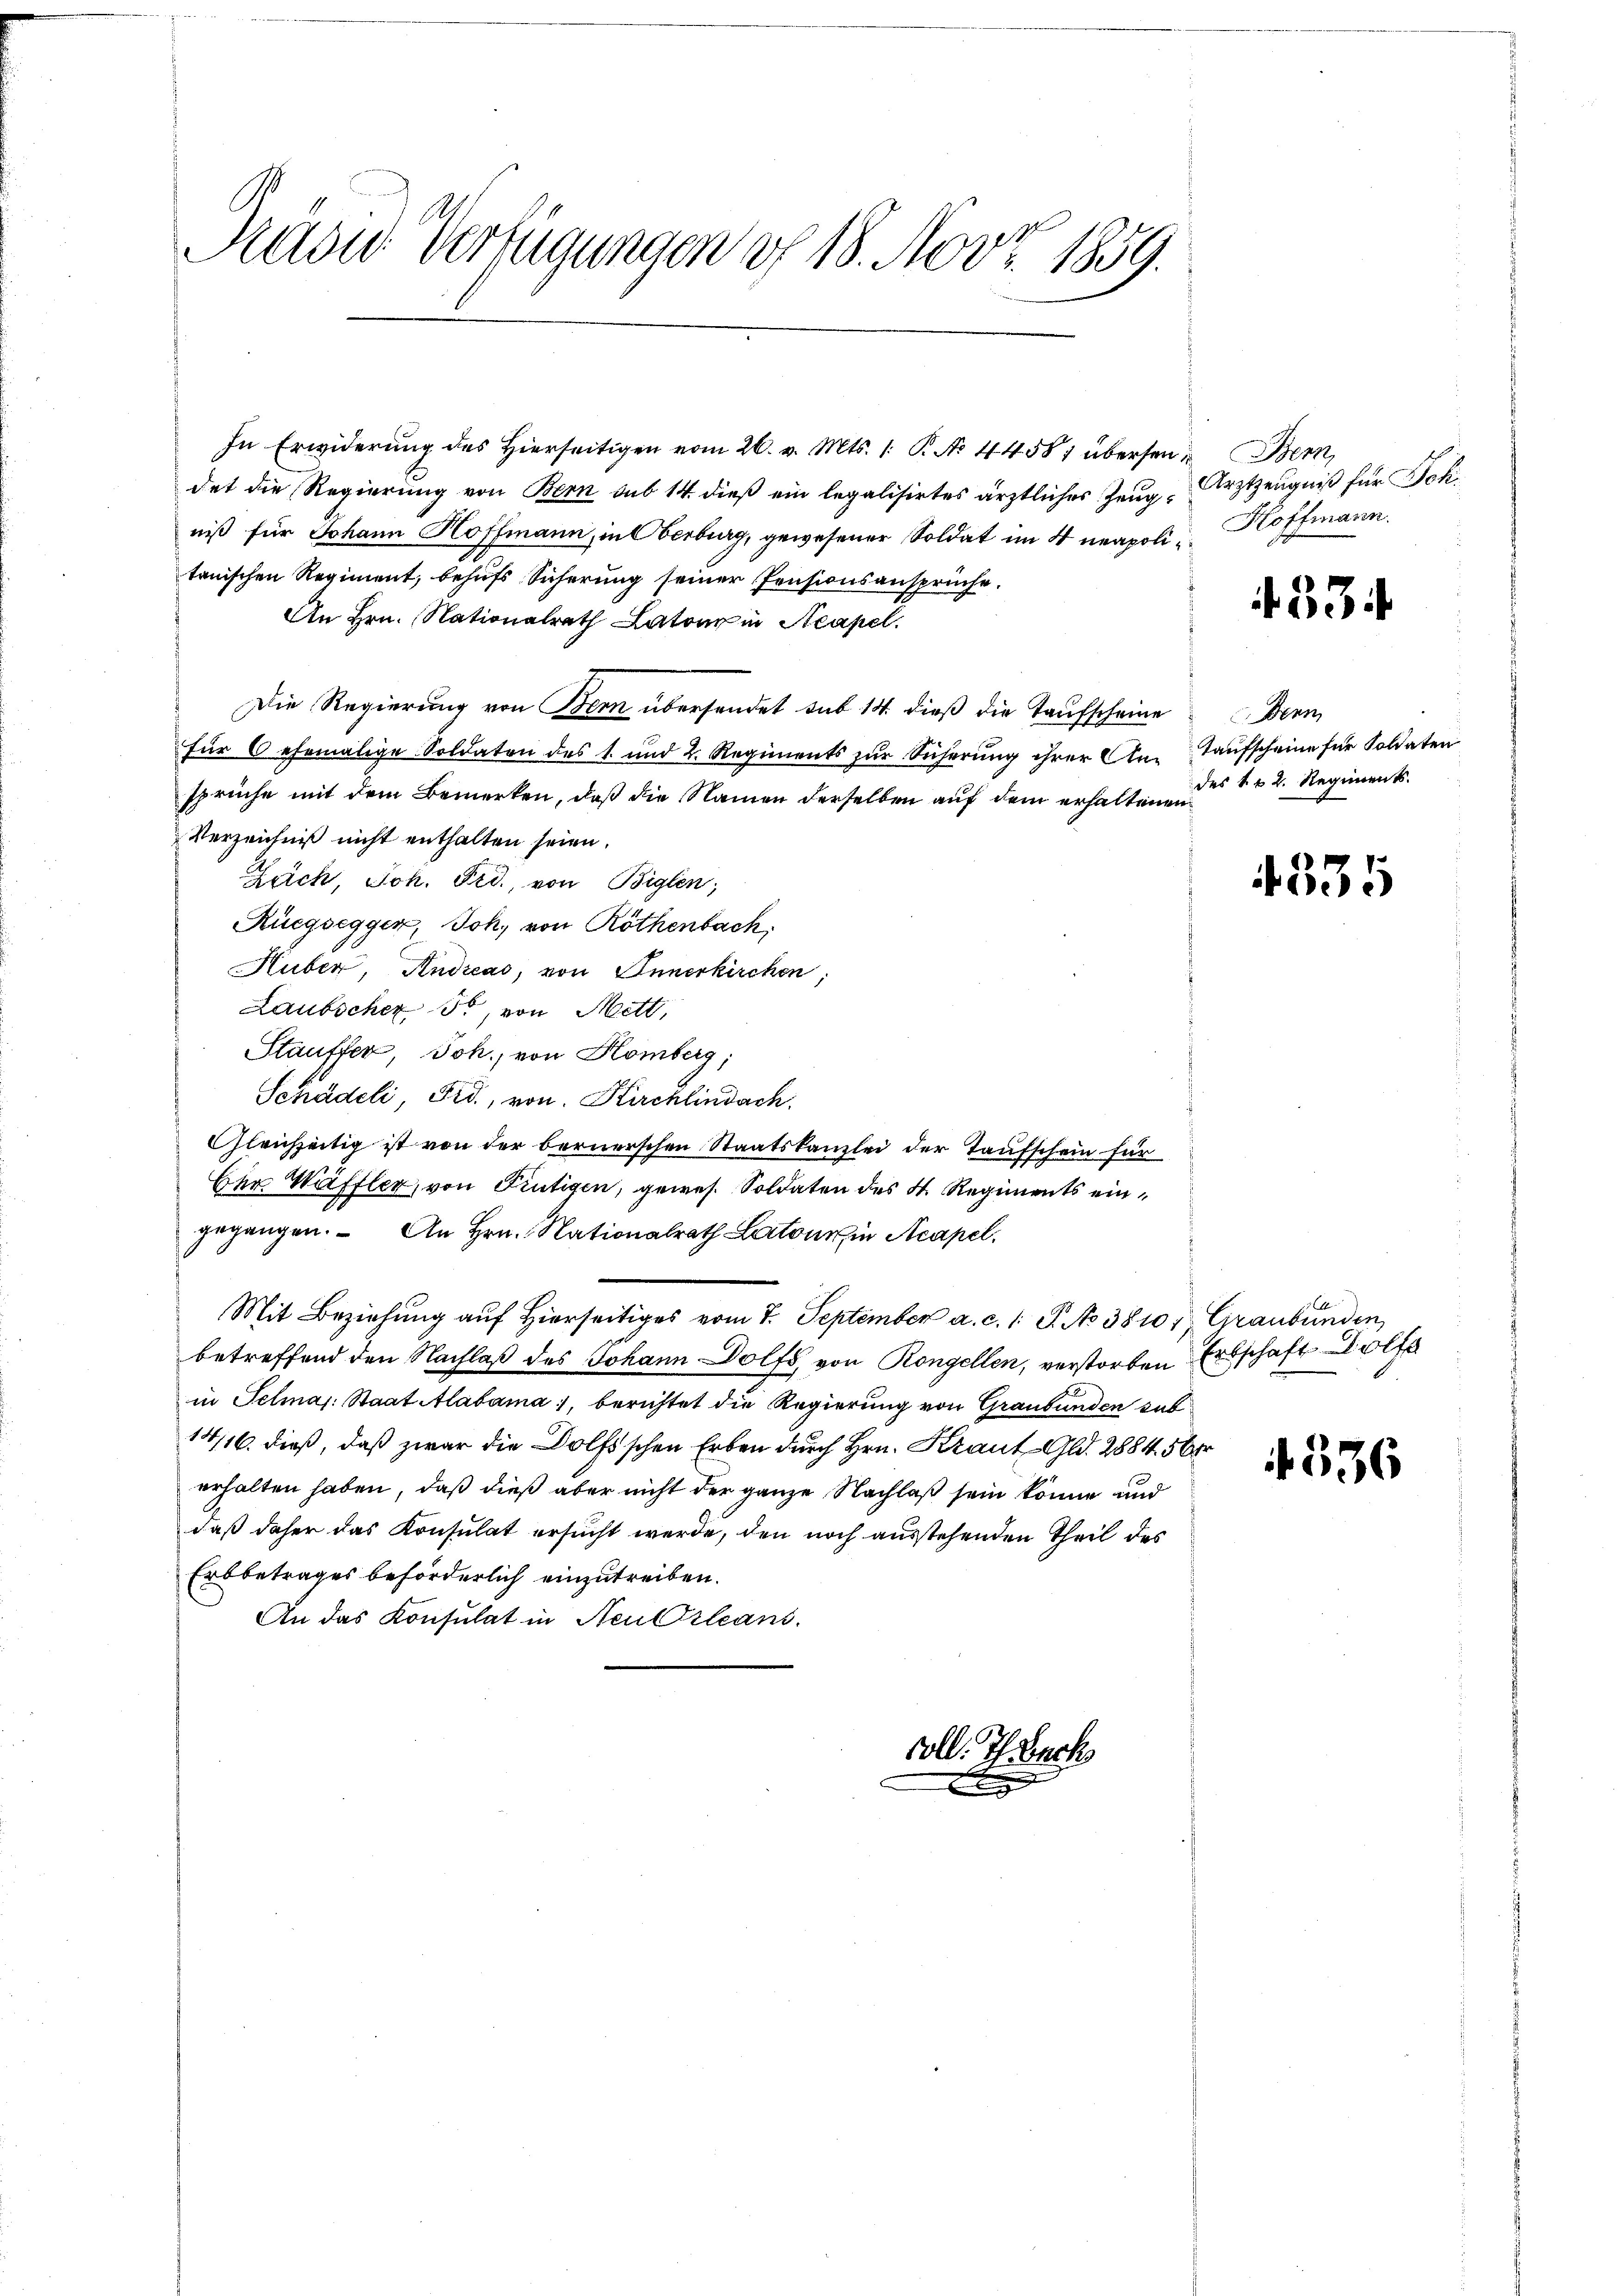
Räder Verfügungen of 18. Nov. 1859.

In Erwiderung des Hierseitigen vom 26. v. Mts. 1. P. N. 44581 übersen Bern,
det die Regierung von Bern sub 14. dieß ein legalisirtes ärztliches Zeug-Arztzeugniß für Sch
niß für Johann Hoffmann, in Oberburg, gewesener Soldat im 4 neapolitanischen Regiment, behufs Sicherung seiner Pensionsansprüche.
An Hrn. Nationalrath Latone in Acapel.
Die Regierung von Bern übersendet sub 14. dieß die Taufscheine
für 6 ehemalige Soldaten des 1. und 2. Regiments zŭr Sicherŭng ihrer Ankaŭfscheine für Soldaten
sprüche mit dem Bemerken, daß die Namen derselben auf dem erhaltenen
Verzeichniß nicht enthalten seien.
Zäch, Joh. Frd., von Biglen;
Rüegsegger, Joh. von Röthenbach.
Huber, Andreas, von Innerkirchen,
Laubscher so, von Mett,
Stauffer, Joh., von Komberg;
Schädeli, Fid., von Kirchlindach
Gleichzeitig ist von der bernerschen Staatskanzlei der Taufschein für
Bey Wäffler, von Frutigen, gewes. Soldaten des 4. Regiments eingegangen. An Hrn. Nationalrath Latons in Acapel.
Mit Beziehung auf hierseitiges vom 7. September a. c. 1. P. No 3810, Graubünden,
betreffend den Nachlaβ des Johann Dolfs von Rongellen, verstorben Erbschaft Wolfe
in Selmas: Staat Alabama, berichtet die Regierung von Graubünden sub
14/16. dieß, daß zwar die Dolfischen Erben durch Hrn. Kraut- Gld. 2884. 56
erhalten haben, daß dieß aber nicht der ganze Nachlaß sein könne und
daß daher das Konsulat ersucht werde, den noch ausstehenden Theil des
Erbbetrages beförderlich einzutreiben.
An das Konsulat in Neu Orleani.
voll. Th. Bach

Hoffmann.

334

Denn
des kk. 2. Regiments.

4335

536